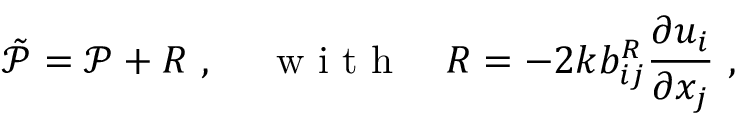
\tilde { \mathcal { P } } = \mathcal { P } + R \mathrm { ~ , ~ } \quad \mathrm { ~ w ~ i ~ t ~ h ~ } \quad R = { - 2 k } b _ { i j } ^ { R } \frac { \partial u _ { i } } { \partial x _ { j } } \mathrm { ~ , ~ }